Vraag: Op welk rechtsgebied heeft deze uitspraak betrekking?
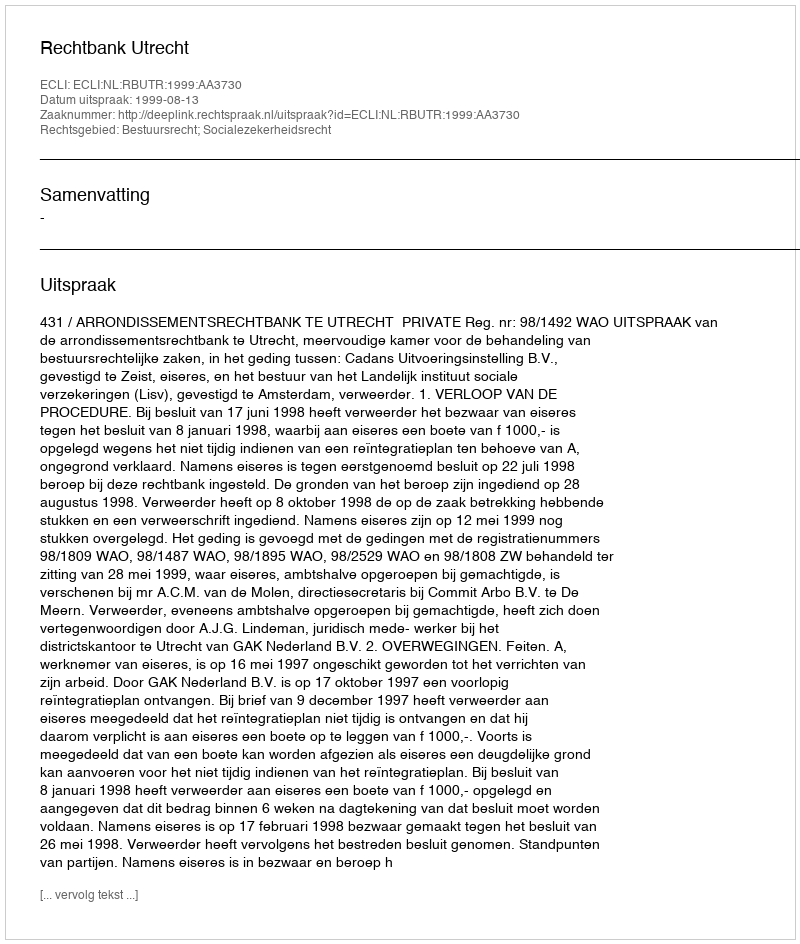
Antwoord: Bestuursrecht; Socialezekerheidsrecht